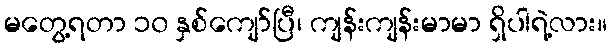
မတွေ့ရတာ ၁၀ နှစ်ကျော်ပြီ၊ ကျန်းကျန်းမာမာ ရှိပါရဲ့လား။